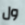
ول